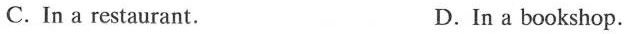
C. In a restaurant. D.In a bookshop.